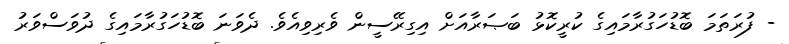
- ފުރަތަމަ ބޮޑުހަގުރާމައިގެ ކުރީކޮޅު ބަޞަރާއަށް އިގިރޭސީން ވެރިވިއެވެ. ދެވަނަ ބޮޑުހަގުރާމައިގެ ދުވަސްވަރު